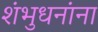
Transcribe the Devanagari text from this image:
शंभुधनांना